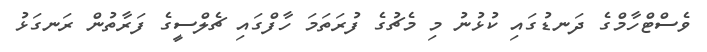
ވެސްޓްހާމްގެ ދަނޑުގައި ކުޅުނު މި މެޗުގެ ފުރަތަމަ ހާފްގައި ޗެލްސީގެ ފަރާތުން ރަނގަޅު